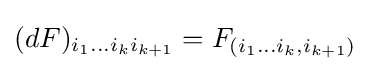
(dF)_{i_{1}...i_{k}i_{k+1}}=F_{(i_{1}...i_{k},i_{k+1})}